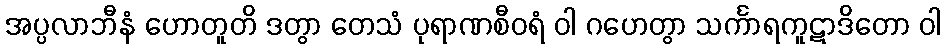
အပ္ပလာဘီနံ ဟောတူတိ ဒတွာ တေသံ ပုရာဏစီဝရံ ဝါ ဂဟေတွာ သင်္ကာရကူဋာဒိတော ဝါ